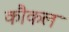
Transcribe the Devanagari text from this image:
कौकल